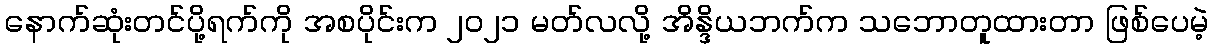
နောက်ဆုံးတင်ပို့ရက်ကို အစပိုင်းက ၂၀၂၁ မတ်လလို့ အိန္ဒိယဘက်က သဘောတူထားတာ ဖြစ်ပေမဲ့